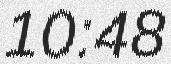
10:48